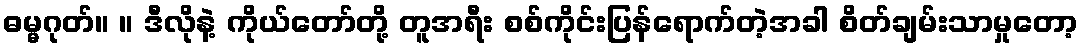
ဓမ္မဂုတ်။ ။ ဒီလိုနဲ့ ကိုယ်တော်တို့ တူအရီး စစ်ကိုင်းပြန်ရောက်တဲ့အခါ စိတ်ချမ်းသာမှုတော့